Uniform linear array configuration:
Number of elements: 4
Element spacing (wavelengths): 0.75
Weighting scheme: hann
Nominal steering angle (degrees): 0
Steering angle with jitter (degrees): -1.544
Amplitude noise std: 0.05
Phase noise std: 0.05

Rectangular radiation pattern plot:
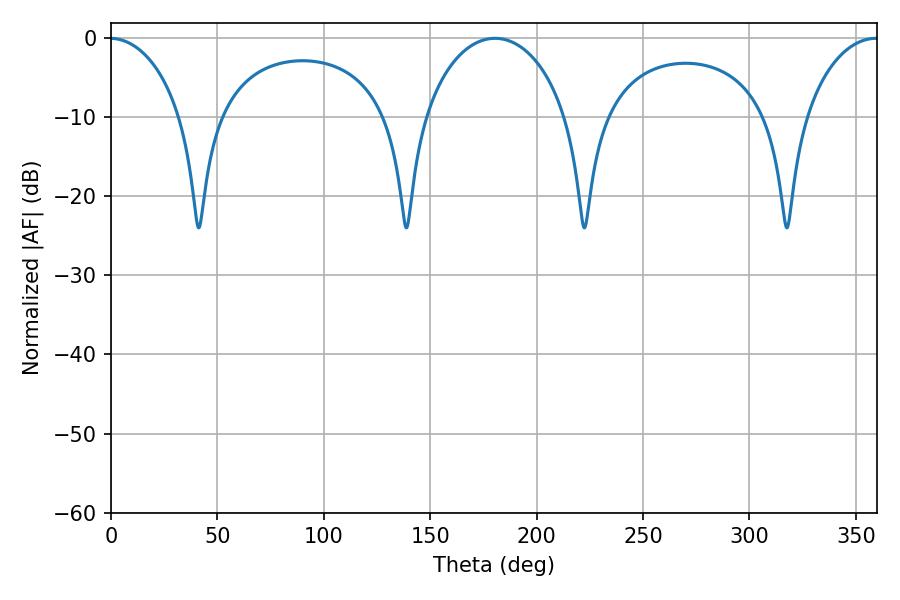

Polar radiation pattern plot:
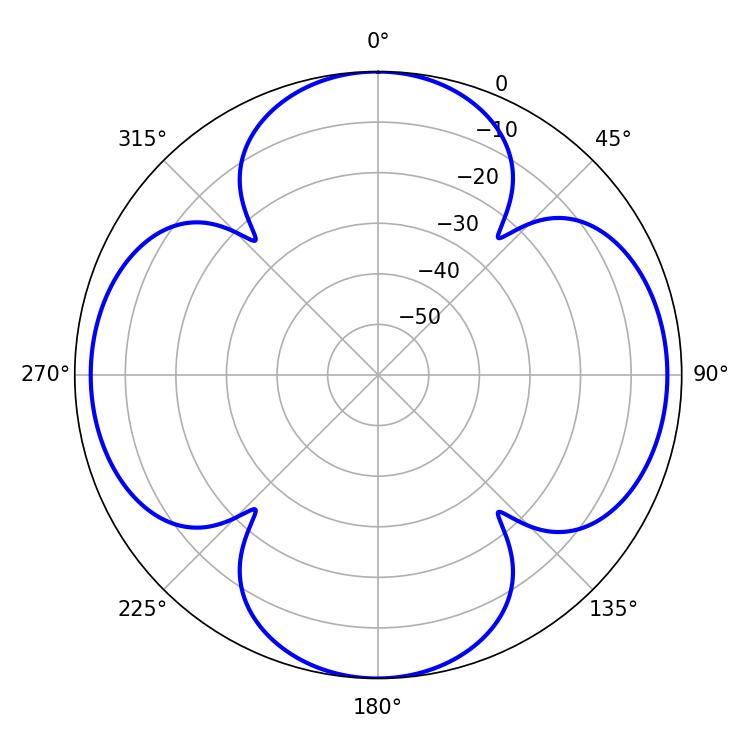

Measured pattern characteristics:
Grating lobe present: TRUE
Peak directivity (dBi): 17.873
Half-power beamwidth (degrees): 19.98
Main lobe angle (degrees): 359.46